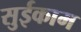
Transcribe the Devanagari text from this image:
सुईकाम